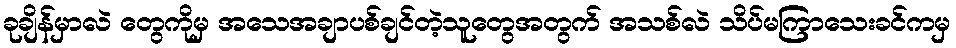
ခုချိန်မှာလဲ တွေကိုမှ အသေအချာပစ်ချင်တဲ့သူတွေအတွက် အသစ်လဲ သိပ်မကြာသေးခင်ကမှ